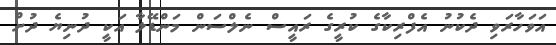
އަވަހާރަވި ދެކުނު އެފްރިކާގެ ކުރީގެ ރައީސް ނެލްސަން މަންޑޭލާ އަކީ ދުނިޔެ ދުށް